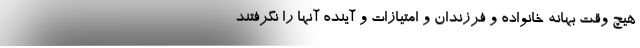
هیچ وقت بهانه خانواده و فرزندان و امتیازات و آینده آنها را نگرفتند